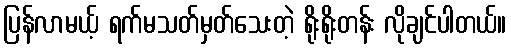
ပြန်လာမယ့် ရက်မသတ်မှတ်သေးတဲ့ ရိုးရိုးတန်း လိုချင်ပါတယ်။